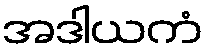
အဒါယကံ